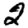
Digit: 2